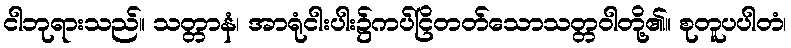
ငါဘုရားသည်။ သတ္တာနံ၊ အာရုံငါးပါး၌ကပ်ငြိတတ်သောသတ္တဝါတို့၏။ စုတူပပါတံ၊